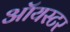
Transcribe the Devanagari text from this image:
ऑयस्टर